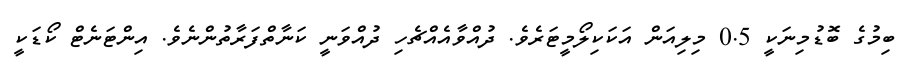
ބިމުގެ ބޮޑުމިނަކީ 0.5 މިލިއަން އަކަކިލޯމީޓަރެވެ. ދުއްވާއެއްޗެހި ދުއްވަނީ ކަނާތްފަރާތުންނެވެ. އިންޓަނެޓް ކޯޑަކީ